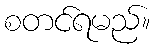
စတင်ရမည်။